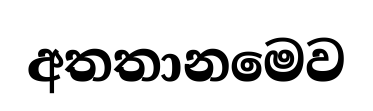
අතතානමෙව